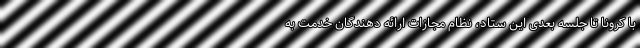
با کرونا تا جلسه بعدی این ستاد، نظام مجازات ارائه دهندگان خدمت به